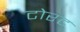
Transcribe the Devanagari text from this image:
टोरट